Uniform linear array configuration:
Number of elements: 64
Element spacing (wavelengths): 0.75
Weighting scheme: cosine
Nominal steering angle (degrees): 30
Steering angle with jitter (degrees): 28.829
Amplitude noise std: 0.05
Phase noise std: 0.05

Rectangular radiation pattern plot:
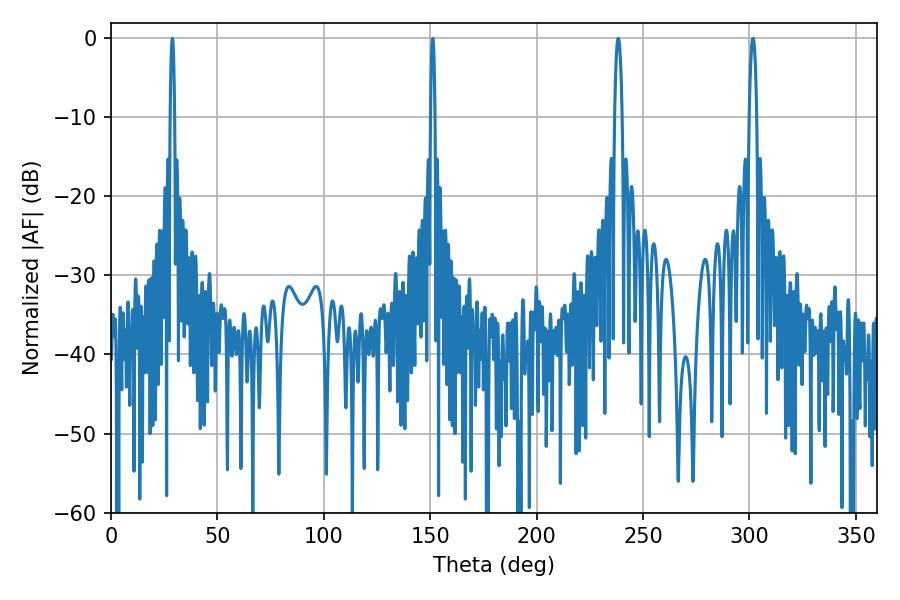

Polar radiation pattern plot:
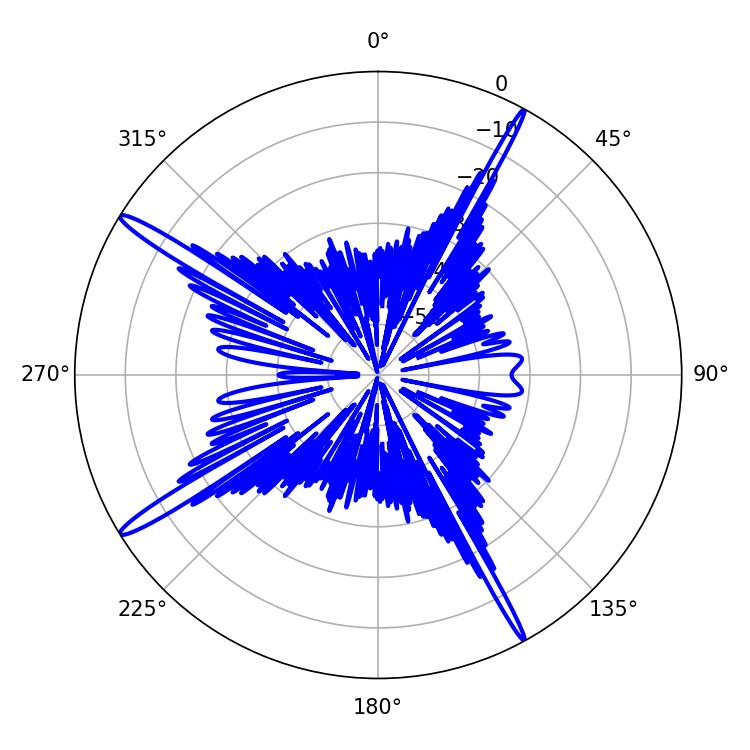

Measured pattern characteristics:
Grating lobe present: TRUE
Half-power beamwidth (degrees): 1.98
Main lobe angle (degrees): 238.32